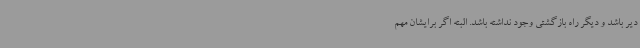
دیر باشد و دیگر راه بازگشتی وجود نداشته باشد. البته اگر برایشان مهم